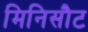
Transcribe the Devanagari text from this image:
मिनिसौट